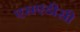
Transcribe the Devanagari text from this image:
एसएडीसी